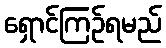
ရှောင်ကြဉ်ရမည်